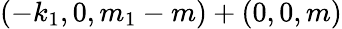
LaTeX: (-k_{1},0,m_{1}-m)+(0,0,m)